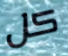
كل